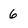
Character: 6